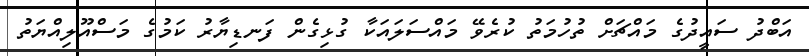
އަބްދު ސައީދުގެ މައްޗަށް ތުހުމަތު ކުރެވޭ މައްސަލައަކާ ގުޅިގެން ފަނޑިޔާރު ކަމުގެ މަސްއޫލިއްޔަތު